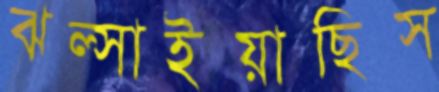
ঝল্‌সাইয়াছিস